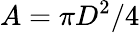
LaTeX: A=\pi D^{2}/4